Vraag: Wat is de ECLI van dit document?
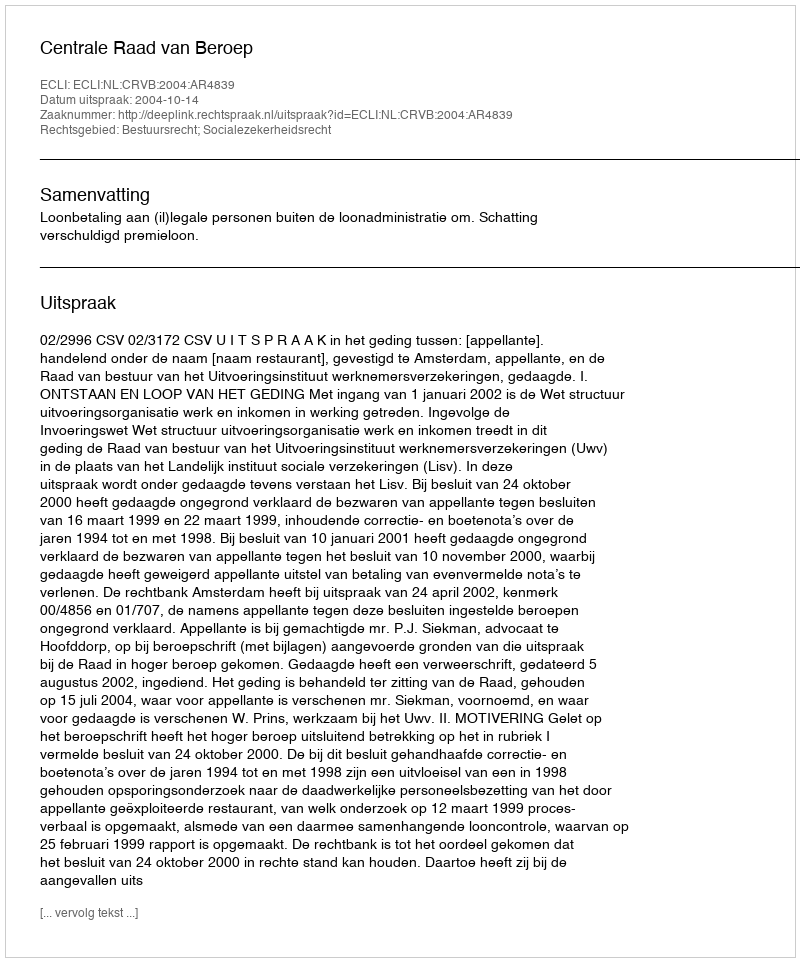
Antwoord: ECLI:NL:CRVB:2004:AR4839